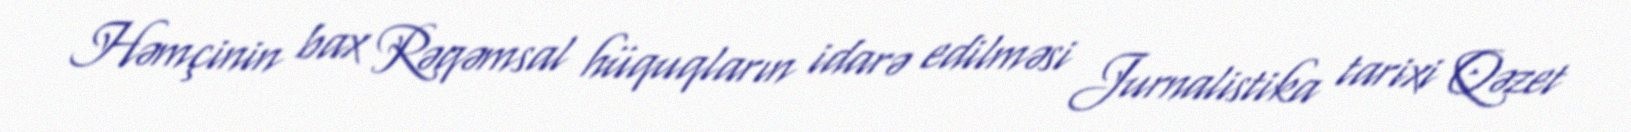
Həmçinin bax Rəqəmsal hüquqların idarə edilməsi Jurnalistika tarixi Qəzet